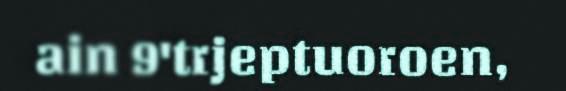
ain 9'trjeptuoroen,